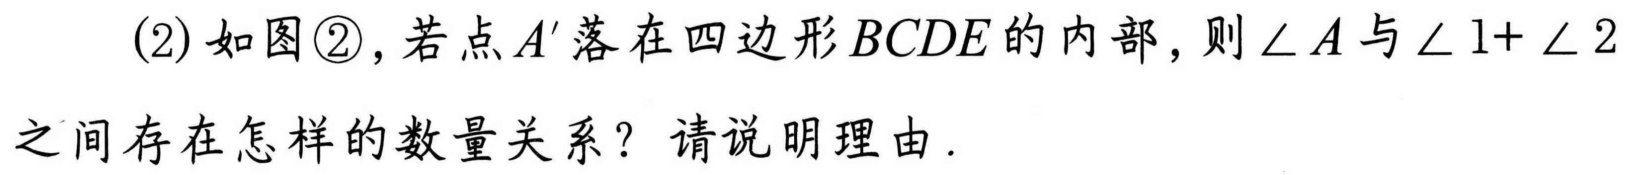
(2) 如图\textcircled{2}，若点\(A'\)落在四边形\(BCDE\)的内部，则\(\angle A\)与\(\angle 1 + \angle 2\)之间存在怎样的数量关系？请说明理由.